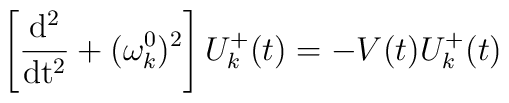
\left[ \frac{\rm d^2}{\rm dt^2}+(\omega^0_k)^2\right]U_k^+(t)=-V(t)U_k^+(t)